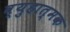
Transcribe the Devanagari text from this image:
व्युहात्मक